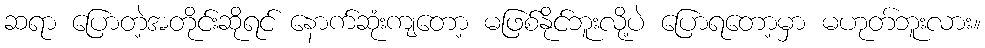
ဆရာ ပြောတဲ့အတိုင်းဆိုရင် နောက်ဆုံးကျတော့ မဖြစ်နိုင်ဘူးလို့ပဲ ပြောရတော့မှာ မဟုတ်ဘူးလား။